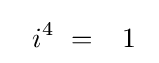
\ \ i^{4}\ ={\phantom {-}}1{\phantom {i}}